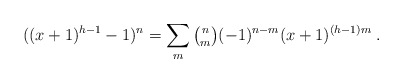
\begin{align*}( (x+1)^{h-1} -1)^n = \sum_{m} \tbinom{n}{m} (-1)^{n-m} (x+1)^{(h-1)m}\;. \end{align*}